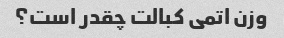
وزن اتمی کبالت چقدر است؟